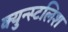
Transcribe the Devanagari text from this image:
क्युन्स्टलिश